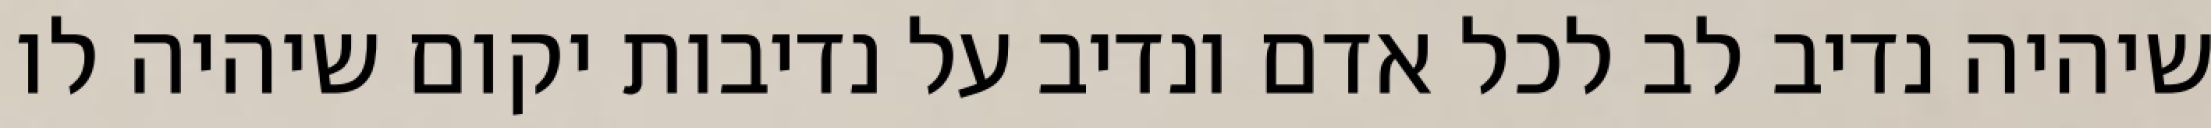
שיהיה נדיב לב לכל אדם ונדיב על נדיבות יקום שיהיה לו